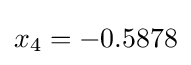
x_{4}=-0.5878